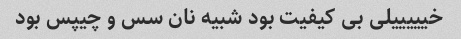
خیییییلی بی کیفیت بود شبیه نان سس و چیپس بود